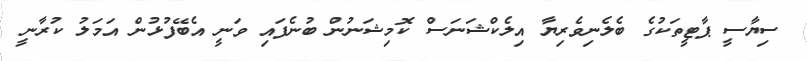
ސިޔާސީ ޕާޓީތަކުގެ ބެލެނިވެރިޔާ އިލެކްޝަނަސް ކޮމިޝަނުން ބުނެފައި ވަނީ އެބޭފުޅުން އަމަލު ކުރާނީ